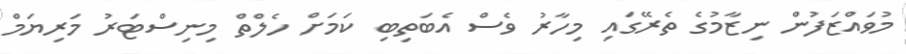
މުވައްޒަފުން ނިޒާމުގެ ތެރޭގައި މިހާރު ވެސް އެބަތިބި ކަަމަށް ހެލްތް މިނިސްޓަރު މަރިޔަމް